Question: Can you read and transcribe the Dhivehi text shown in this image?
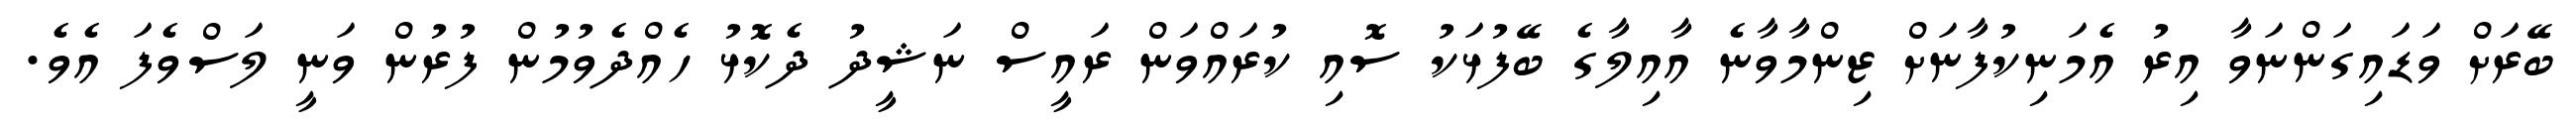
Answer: ބޭރަށް ވަޑައިގަންނަވާ އިރު އެމަނިކުފާނަށް ޒިންމާވާނެ އާއިލާގެ ބޭފުޅަކު ސޮއި ކުރައްވަން ރައީސް ނަޝީދު ދެކޮޅު ހެއްދެވުމުން ފުރުން ވަނީ ލަސްވެފަ އެވެ.